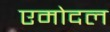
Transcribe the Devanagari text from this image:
एमोदल